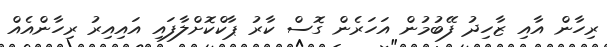
ރިހާން އާއި ޒާހިދު ފޭބުމުން އަހަރެން ގޮސް ކާރު ޕާކްކޮށްލާފައި އައިއިރު ރިހާންއެއް